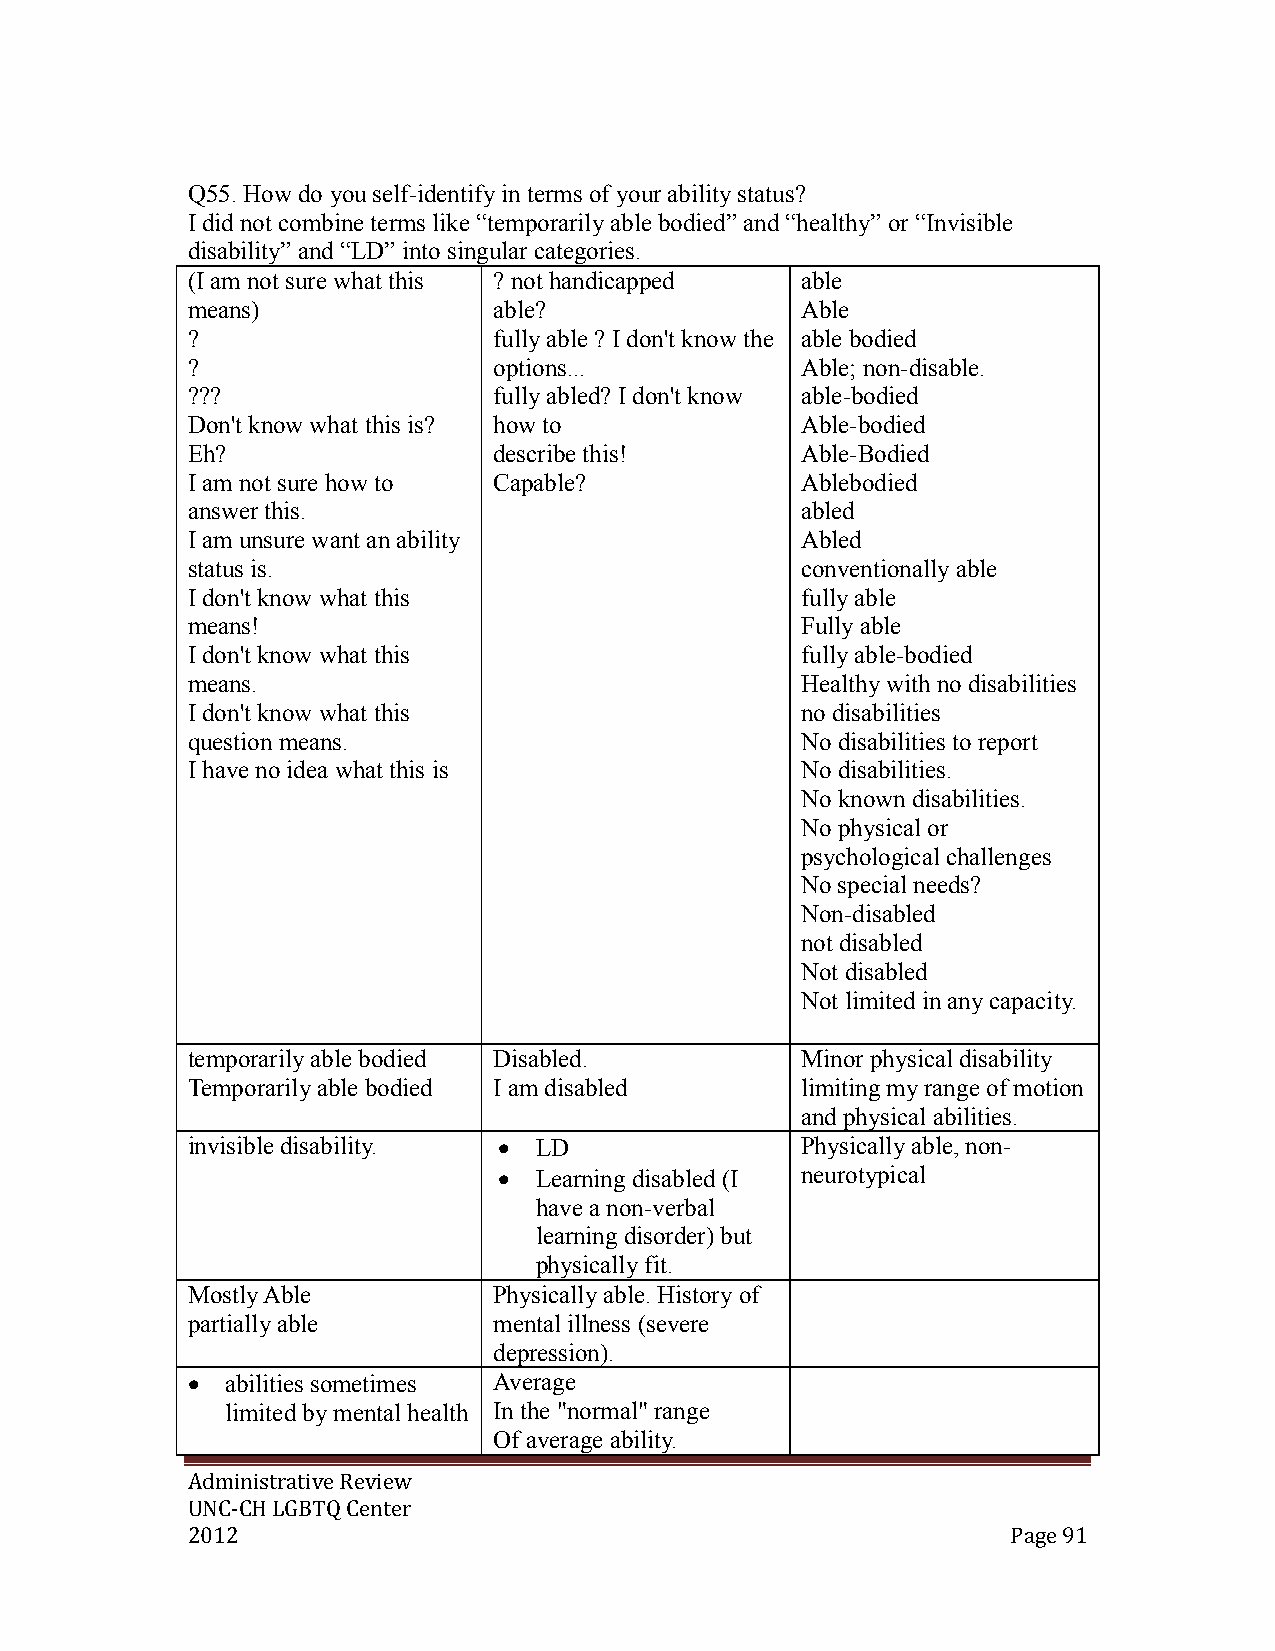
Q55. How do you self-identify in terms of your ability status?
 I did not combine terms like “temporarily able bodied” and “healthy” or “Invisible
 disability” and “LD” into singular categories.
 (I am not sure what this ? not handicapped able
 means)               able?               Able
 ?                    fully able ? I don't know the able bodied
 ?                    options...          Able; non-disable.
 ???                  fully abled? I don't know able-bodied
 Don't know what this is? how to          Able-bodied
 Eh?                  describe this!      Able-Bodied
 I am not sure how to Capable?            Ablebodied
 answer this.                             abled
 I am unsure want an ability              Abled
 status is.                               conventionally able
 I don't know what this                   fully able
 means!                                   Fully able
 I don't know what this                   fully able-bodied
 means.                                   Healthy with no disabilities
 I don't know what this                   no disabilities
 question means.                          No disabilities to report
 I have no idea what this is              No disabilities.
 No known disabilities.
 No physical or
 psychological challenges
 No special needs?
 Non-disabled
 not disabled
 Not disabled
 Not limited in any capacity.
 temporarily able bodied Disabled.        Minor physical disability
 Temporarily able bodied I am disabled    limiting my range of motion
 and physical abilities.
 invisible disability.  LD               Physically able, non-
  Learning disabled (I neurotypical
 have a non-verbal
 learning disorder) but
 physically fit.
 Mostly Able          Physically able. History of
 partially able       mental illness (severe
 depression).
   abilities sometimes Average
 limited by mental health In the "normal" range
 Of average ability.
 Administrative Review
 UNC-CH LGBTQ Center
 2012                                                   Page 91